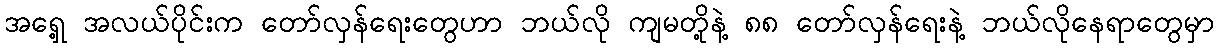
အရှေ့ အလယ်ပိုင်းက တော်လှန်ရေးတွေဟာ ဘယ်လို ကျမတို့နဲ့ ၈၈ တော်လှန်ရေးနဲ့ ဘယ်လိုနေရာတွေမှာ